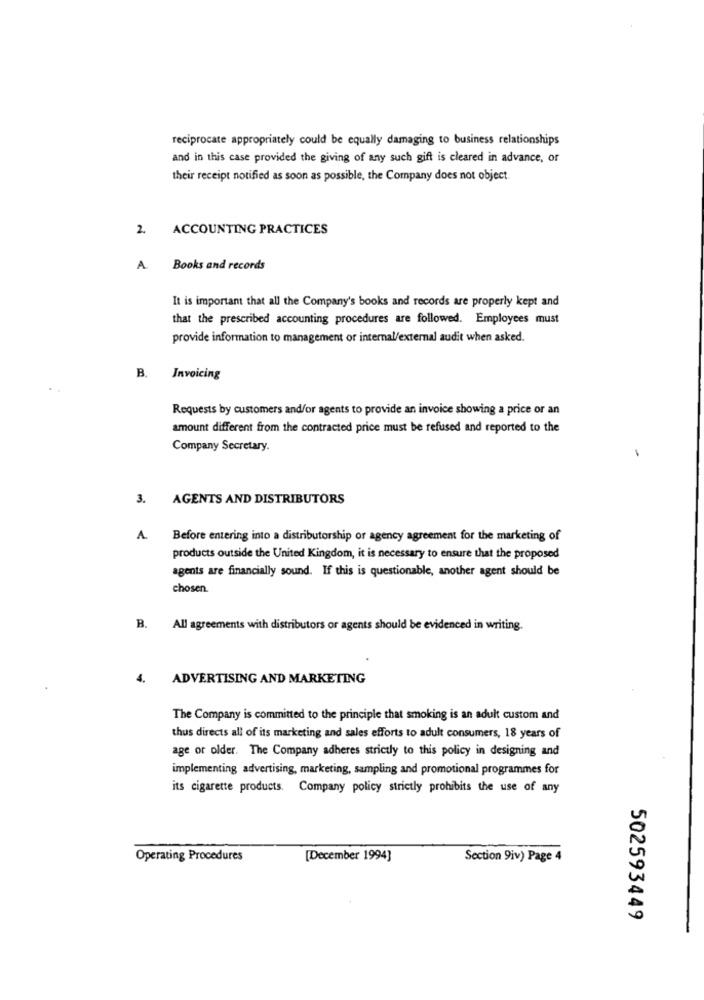
reciprocate appropriately could be equally damaging to business relationships
and in this case provided the giving of any such gift is cleared in advance, or
their receipt notified as soon as possible, the Company does not object.
ACCOUNTING PRACTICES
2.
A
Books and records
It is important that all the Company's books and records are properly kept and
that the prescribed accounting procedures are followed. Employees must
provide information to management or internal/external audit when asked.
B.
Invoicing
Requests by customers and/or agents to provide an invoice showing a price or an
amount different from the contracted price must be refused and reported to the
Company Secretary.
3. AGENTS AND DISTRIBUTORS
A.
Before entering into a distributorship or agency agreement for the marketing of
products outside the United Kingdom, it is necessary to ensure that the proposed
agents are financially sound. If this is questionable, another agent should be
chosen.
B. All agreements with distributors or agents should be evidenced in writing.
4.
ADVERTISING AND MARKETING
The Company is committed to the principle that smoking is an adult custom and
thus directs all of its marketing and sales efforts to adult consumers, 18 years of
age or older. The Company adheres strictly to this policy in designing and
implementing advertising, marketing, sampling and promotional programmes for
its cigarette products. Company policy strictly prohibits the use of any
Operating Procedures
[December 1994]
Section 9iv) Page 4
502593449